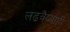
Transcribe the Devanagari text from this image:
लढवैय्याही